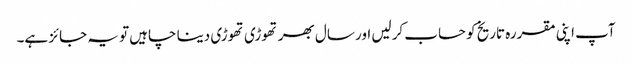
آپ اپنی مقررہ تاریخ کو حساب کرلیں اور سال بھر تھوڑی تھوڑی دینا چاہیں تو یہ جائز ہے۔